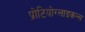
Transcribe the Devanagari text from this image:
प्रोटियोग्लाइकन्स